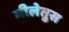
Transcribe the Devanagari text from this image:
मीलेतुस